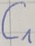
Text: C1